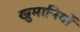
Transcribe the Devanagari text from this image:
खुमानियों